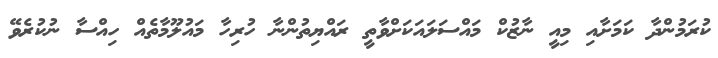
ކުރަމުންދާ ކަމަށާއި މިއީ ނާޒުކް މައްސަލައަކަށްވާތީ ރައްޔިތުންނާ ހުރިހާ މައުލޫމާތެއް ހިއްސާ ނުކުރެވޭ